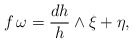
\begin{align*}f\, \omega = \frac{dh}{h} \wedge \xi + \eta,\end{align*}